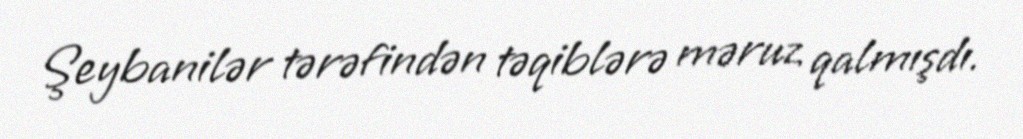
Şeybanilər tərəfindən təqiblərə məruz qalmışdı.